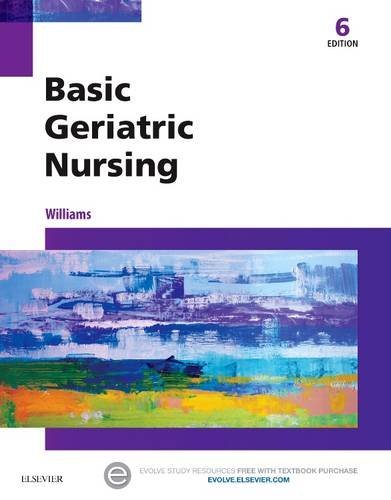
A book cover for Basic Geriatric Nursing, 6e; Patricia A. Williams RN  MSN  CCRN; Medical Books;